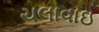
ચલાવાઇ